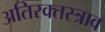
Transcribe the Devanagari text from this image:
अतिरक्तस्त्राव